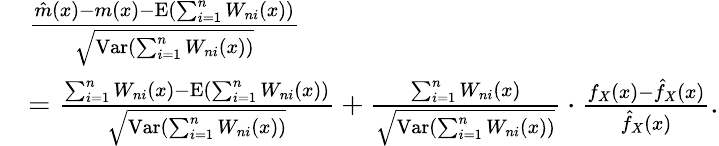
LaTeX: \begin{array}{rl}&{\frac{\hat{m}(x)-m(x)-\mathrm{E}(\sum_{i=1}^{n}W_{ni}(x))}{\sqrt{\mathrm{Var}(\sum_{i=1}^{n}W_{ni}(x))}}}\\ &{=\frac{\sum_{i=1}^{n}W_{ni}(x)-\mathrm{E}(\sum_{i=1}^{n}W_{ni}(x))}{\sqrt{\mathrm{Var}(\sum_{i=1}^{n}W_{ni}(x))}}+\frac{\sum_{i=1}^{n}W_{ni}(x)}{\sqrt{\mathrm{Var}(\sum_{i=1}^{n}W_{ni}(x))}}\cdot\frac{f_{X}(x)-\hat{f}_{X}(x)}{\hat{f}_{X}(x)}.}\end{array}